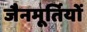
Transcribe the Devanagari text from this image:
जैनमूर्तियों